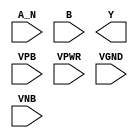
module sky130_fd_sc_ls__nand2b (
    //# {{data|Data Signals}}
    input  A_N ,
    input  B   ,
    output Y   ,

    //# {{power|Power}}
    input  VPB ,
    input  VPWR,
    input  VGND,
    input  VNB
);
endmodule